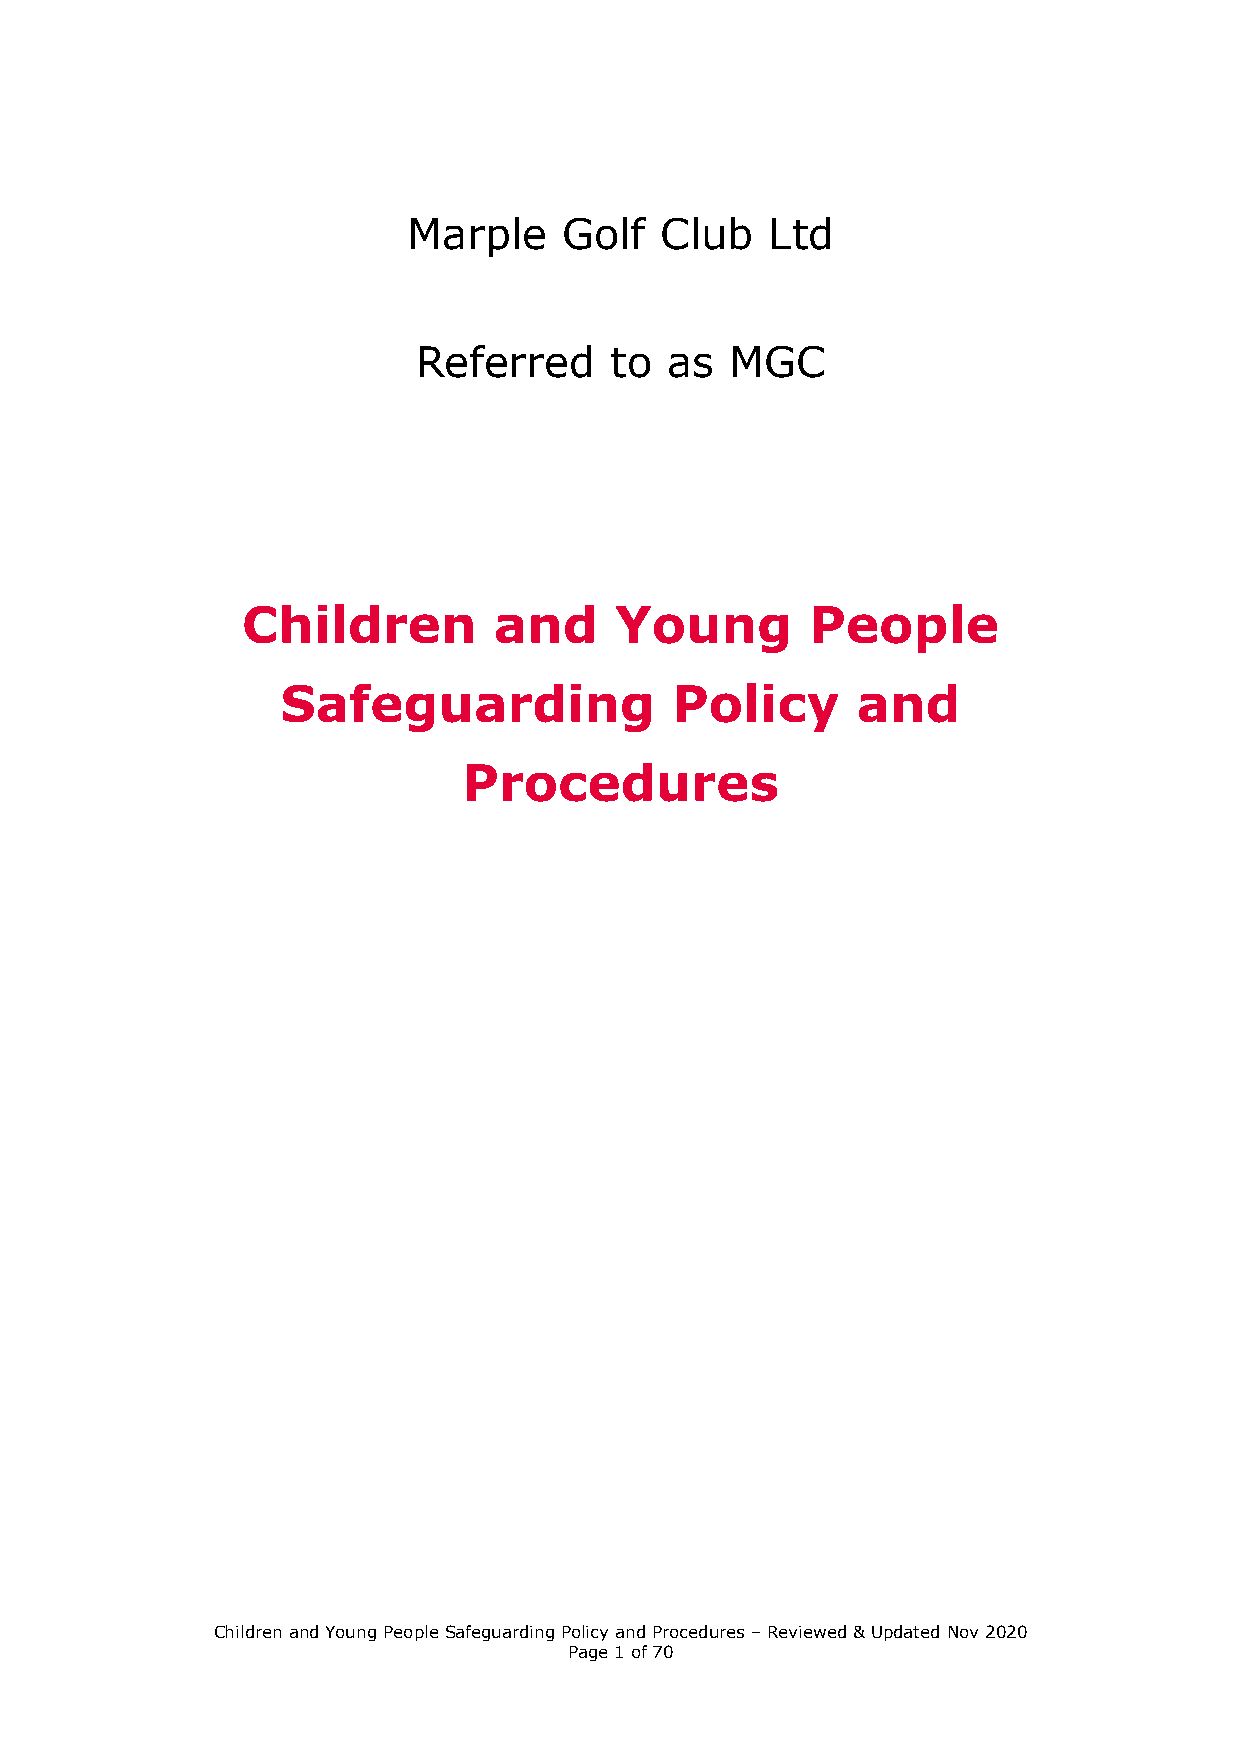
Marple    Golf   Club   Ltd
 Referred    to  as  MGC
 Children         and     Young        People
 Safeguarding             Policy       and
 Procedures
 Children and Young People Safeguarding Policy and Procedures – Reviewed & Updated Nov 2020
 Page 1 of 70